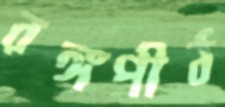
রঙ্গপীঠ